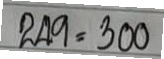
249 = 300